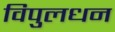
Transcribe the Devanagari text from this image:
विपुलधन